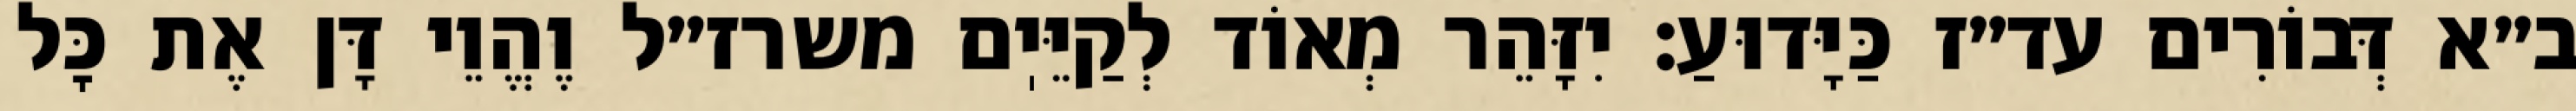
ב״א דְּבוֹרִים עד״ז כַּיָּדוּעַ: יִזָּהֵר מְאוֹד לְקַיֵּיֽם משרז״ל וֶהֱוֵי דָּן אֶת כׇּל